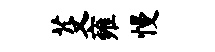
芟雍慢